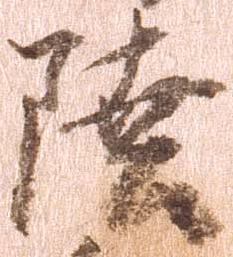
陸